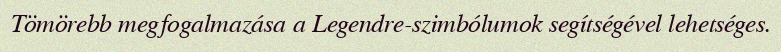
Tömörebb megfogalmazása a Legendre-szimbólumok segítségével lehetséges.